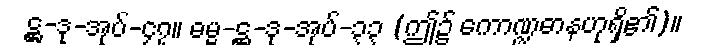
ဋ္ဌ-ဒု-အုပ်-၄၇။ ဓမ္မ-ဋ္ဌ-ဒု-အုပ်-၃၃ (ဤ၌ ကောဏ္ဍဓာနဟုရှိ၏)။